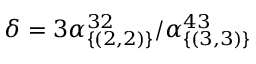
\delta = 3 \alpha _ { \{ ( 2 , 2 ) \} } ^ { 3 2 } / \alpha _ { \{ ( 3 , 3 ) \} } ^ { 4 3 }